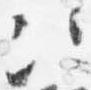
次